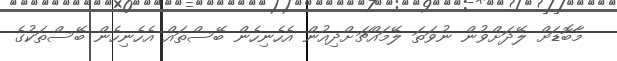
މާބޮޑަށް ލޭދަށްވުން ނުވަތަ ލޭމައްޗަށްދިއުން އެހެނިހެން ބޭސްތައް އެހެނިހެން ބޭސްތަކުގެ